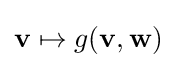
\mathbf {v} \mapsto g(\mathbf {v} ,\mathbf {w} )